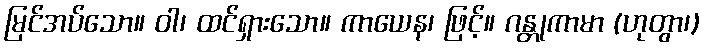
မြင်အပ်သော။ ဝါ၊ ထင်ရှားသော။ ကာယေန၊ ဖြင့်။ ဂန္တုကာမာ (ဟုတွာ၊)